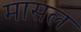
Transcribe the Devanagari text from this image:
मासल